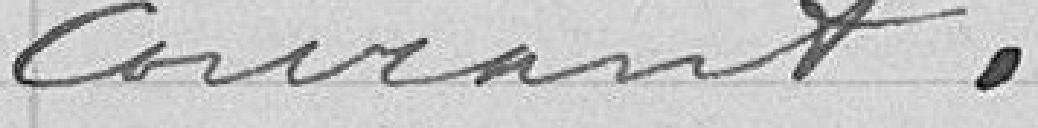
courant.